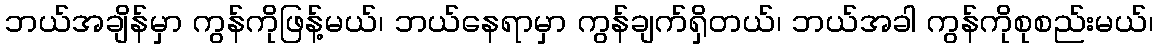
ဘယ်အချိန်မှာ ကွန်ကိုဖြန့်မယ်၊ ဘယ်နေရာမှာ ကွန်ချက်ရှိတယ်၊ ဘယ်အခါ ကွန်ကိုစုစည်းမယ်၊